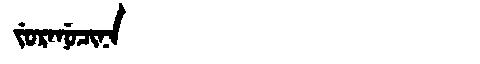
Manchu: ᠵᡠᡵᠠᠨᡠᠴᡳᠨᠠ
Romanization: JURANUCINA